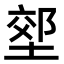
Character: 𭏇